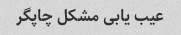
عیب یابی مشکل چاپگر